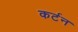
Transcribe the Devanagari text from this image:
कर्टन